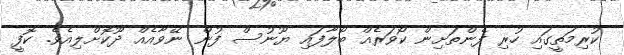
ކުރިމަތީގައި ހުރި ފެންތަށިން ކޯވަރެއް ބޯލާފައި ޔޫނުސް ފުން ނޭވާއެއް ދޫކޮށްލިއެވެ. ކޮފީ